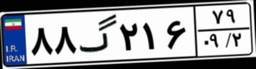
۸۸گ۲۱۶۷۹